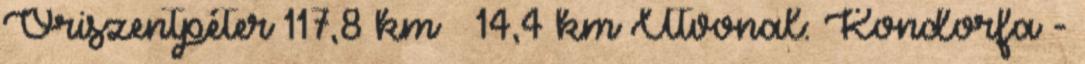
Őriszentpéter 117,8 km → 14,4 km Útvonal: Kondorfa -